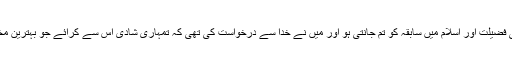
فرمایا: علی بن ابیطالب سے اپنی رشتہ داری، ان کی فضیلت اور اسلام میں سابقہ کو تم جانتی ہو اور میں نے خدا سے درخواست کی تھی کہ تمہاری شادی اس سے کرائے جو بہترین مخلوق اور اس کے نزدیک سب سے زیادہ محبوب ہو۔